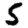
Digit: 5